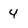
Character: 4